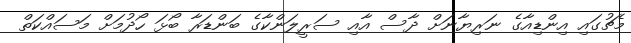
މެޗުގައި އިންޑިއާގެ ނަރިޔާނަށް ދާސް އާއި ސަރީލަންކާގެ ބަންޑަރާ ބޯޅަ ހޯދުމަށް މަސައްކަތް